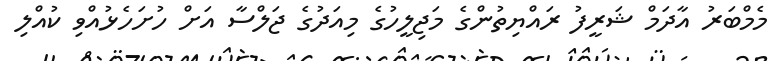
މެމްބަރު އާދަމް ޝަރީފު ރައްޔިތުންގެ މަޖިލީހުގެ މިއަދުގެ ޖަލްސާ އަށް ހުށަހެޅުއްވި ކުއްލި